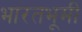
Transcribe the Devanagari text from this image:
भारतभूमी